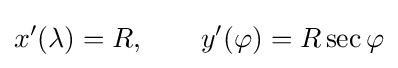
x'(\lambda )=R,\qquad y'(\varphi )=R\sec \varphi